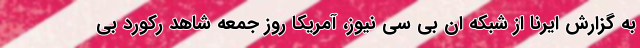
به گزارش ایرنا از شبکه ان بی سی نیوز، آمریکا روز جمعه شاهد رکورد بی